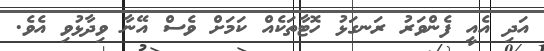
އަދި އެއީ ފެންވަރު ރަނގަޅު ހޮޓާތަކެއް ކަމަށް ވެސް އޭނާ ވިދާޅުވި އެވެ.